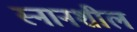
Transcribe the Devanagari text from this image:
स्नानशील